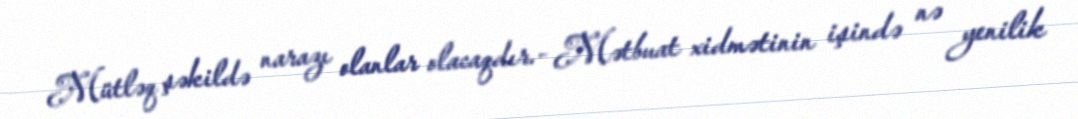
Mütləq şəkildə narazı olanlar olacaqdır.- Mətbuat xidmətinin işində nə yenilik